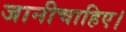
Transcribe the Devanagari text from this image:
जानीचाहिए।